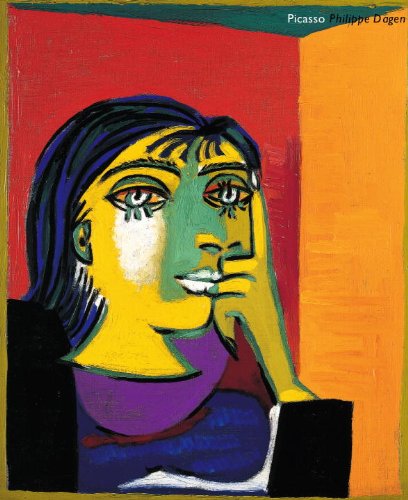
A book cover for Picasso; Philippe Dagen; Arts & Photography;